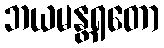
ဘယမန္တရတော